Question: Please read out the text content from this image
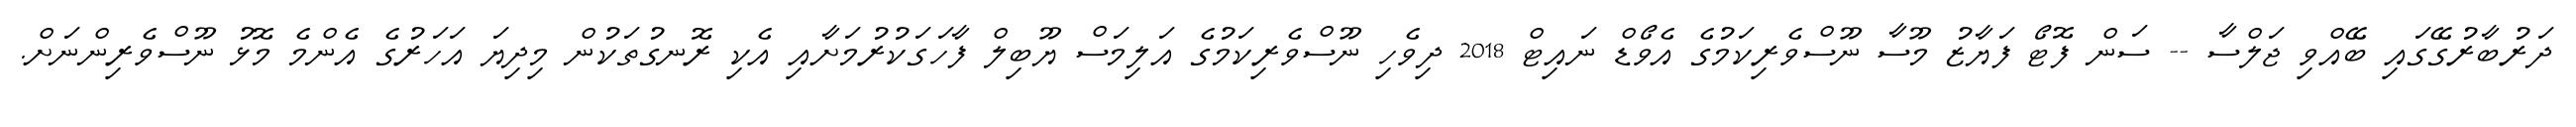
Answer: ދަރުބާރުގޭގައި ބޭއްވި ޖަލްސާ -- ސަން ފޮޓޯ ފަޔާޒު މޫސާ ނޫސްވެރިކަމުގެ އެވޯޑް ނައިޓް 2018 ދިވެހި ނޫސްވެރިކަމުގެ އަލިމަސް ޔޫބިލް ފާހަގަކުރުމަށާއި އެކި ރޮނގުތަކުން މިދިޔަ އަހަރުގެ އެންމެ މޮޅު ނޫސްވެރިންނަށް.